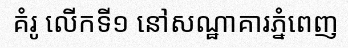
គំរូ លើកទី១ នៅសណ្ឋាគារភ្នំពេញ